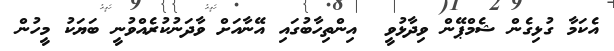
އެކަމާ ގުޅިގެން ޝެމްޕޭން ވިދާޅުވީ  އިންތިހާބުގައި އޭނާއަށް ވާދަނުކުރެއްވުނީ ބަޔަކު މީހުން